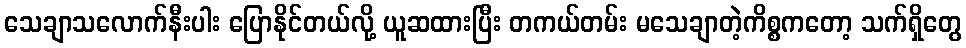
သေချာသလောက်နီးပါး ပြောနိုင်တယ်လို့ ယူဆထားပြီး တကယ်တမ်း မသေချာတဲ့ကိစ္စကတော့ သက်ရှိတွေ